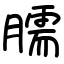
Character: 臑